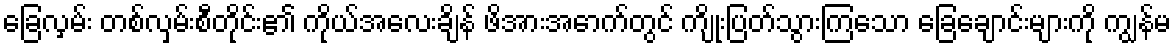
ခြေလှမ်း တစ်လှမ်းစီတိုင်း၏ ကိုယ်အလေးချိန် ဖိအားအောက်တွင် ကျိုးပြတ်သွားကြသော ခြေချောင်းများကို ကျွန်မ